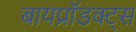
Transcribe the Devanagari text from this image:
बायप्रॉडक्ट्स